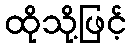
ထိုသို့ဖြင့်